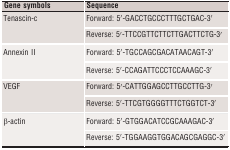
<table><thead><tr><td><b>Gene symbols</b></td><td><b>Sequence</b></td></tr></thead><tbody><tr><td rowspan="2">Tenascin‐c</td><td>Forward: 5′‐GACCTGCCCTTTGCTGAC‐3′</td></tr><tr><td>Reverse: 5′‐TTCCGTTCTTCTTGACTTCTG‐3′</td></tr><tr><td rowspan="2">Annexin II</td><td>Forward: 5′‐TGCCAGCGACATAACAGT‐3′</td></tr><tr><td>Reverse: 5′‐CCAGATTCCCTCCAAAGC‐3′</td></tr><tr><td rowspan="2">VEGF</td><td>Forward: 5′‐CATTGGAGCCTTGCCTTG‐3′</td></tr><tr><td>Reverse: 5′‐TTCGTGGGGTTTCTGGTCT‐3′</td></tr><tr><td rowspan="2">β‐actin</td><td>Forward: 5′‐GTGGACATCCGCAAAGAC‐3′</td></tr><tr><td>Reverse: 5′‐TGGAAGGTGGACAGCGAGGC‐3′</td></tr></tbody></table>